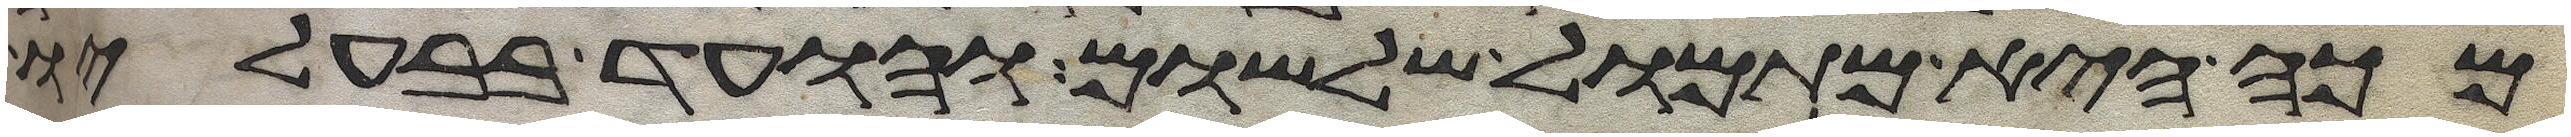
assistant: מכה היא מתמול שלשום והועד בבעליו